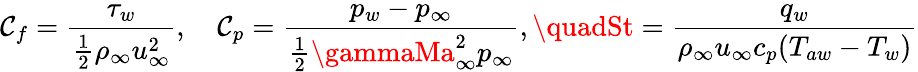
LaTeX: \mathcal{C}_{f}=\frac{{\tau_{w}}}{{\frac{{1}}{{2}}\rho_{\infty}u_{\infty}^{2}}},\quad\mathcal{C}_{p}=\frac{{p_{w}-p_{\infty}}}{{\frac{{1}}{{2}}\gammaMa_{\infty}^{2}p_{\infty}}},\quadSt=\frac{{q_{w}}}{{\rho_{\infty}u_{\infty}c_{p}(T_{aw}-T_{w})}}